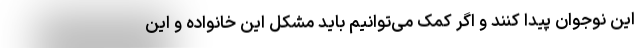
این نوجوان پیدا کنند و اگر کمک می‌توانیم باید مشکل این خانواده و این